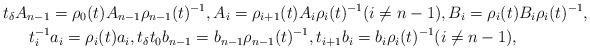
LaTeX: \begin{gather*} t_\delta A_{n-1} = \rho_0(t) A_{n-1} \rho_{n-1}(t)^{-1}, A_i = \rho_{i+1}(t) A_i \rho_i(t)^{-1} (i\neq n-1), B_i = \rho_i(t) B_i \rho_i(t)^{-1}, \\ t_i^{-1} a_i = \rho_i(t) a_i, t_\delta t_0 b_{n-1} = b_{n-1} \rho_{n-1}(t)^{-1}, t_{i+1} b_i = b_i \rho_i(t)^{-1} (i\neq n-1), \end{gather*}